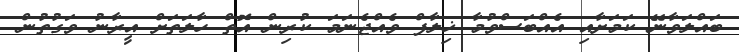
ބައްލަވާނޭ ކަމަށާއި އެއްބަސްވުމާ ޚިލާފް ވެއްޖެނަމަ ކުރިން އޮތް ހާލަތަށް އީރާނު ވަގުތުން